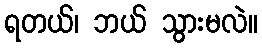
ရတယ်၊ ဘယ် သွားမလဲ။